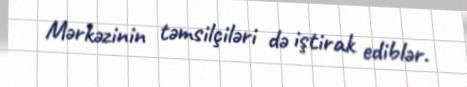
Mərkəzinin təmsilçiləri də iştirak ediblər.